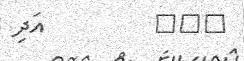
١٠٨         އަދި